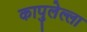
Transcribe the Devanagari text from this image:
कापुलेल्ला